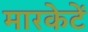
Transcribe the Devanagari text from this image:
मारकेटें